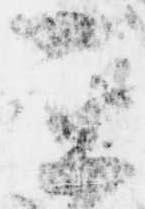
亜